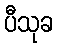
ပီသုခ